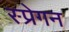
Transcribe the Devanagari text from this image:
स्प्रेगन